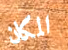
المكان